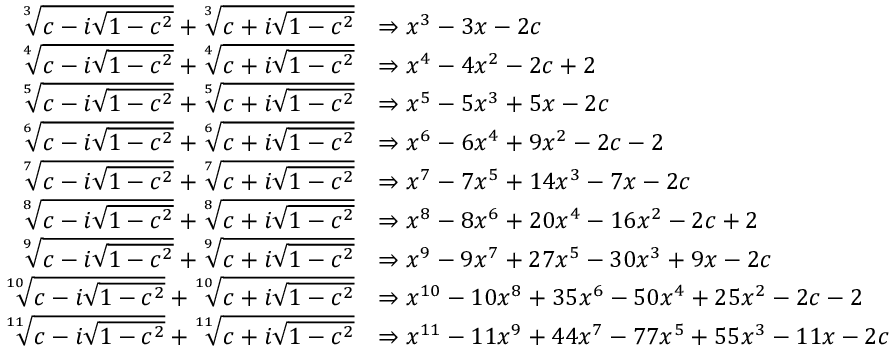
\begin{array} { r l } { \sqrt [ 3 ] { c - i \sqrt { 1 - c ^ { 2 } } } + \sqrt [ 3 ] { c + i \sqrt { 1 - c ^ { 2 } } } } & { \Rightarrow x ^ { 3 } - 3 x - 2 c } \\ { \sqrt [ 4 ] { c - i \sqrt { 1 - c ^ { 2 } } } + \sqrt [ 4 ] { c + i \sqrt { 1 - c ^ { 2 } } } } & { \Rightarrow x ^ { 4 } - 4 x ^ { 2 } - 2 c + 2 } \\ { \sqrt [ 5 ] { c - i \sqrt { 1 - c ^ { 2 } } } + \sqrt [ 5 ] { c + i \sqrt { 1 - c ^ { 2 } } } } & { \Rightarrow x ^ { 5 } - 5 x ^ { 3 } + 5 x - 2 c } \\ { \sqrt [ 6 ] { c - i \sqrt { 1 - c ^ { 2 } } } + \sqrt [ 6 ] { c + i \sqrt { 1 - c ^ { 2 } } } } & { \Rightarrow x ^ { 6 } - 6 x ^ { 4 } + 9 x ^ { 2 } - 2 c - 2 } \\ { \sqrt [ 7 ] { c - i \sqrt { 1 - c ^ { 2 } } } + \sqrt [ 7 ] { c + i \sqrt { 1 - c ^ { 2 } } } } & { \Rightarrow x ^ { 7 } - 7 x ^ { 5 } + 1 4 x ^ { 3 } - 7 x - 2 c } \\ { \sqrt [ 8 ] { c - i \sqrt { 1 - c ^ { 2 } } } + \sqrt [ 8 ] { c + i \sqrt { 1 - c ^ { 2 } } } } & { \Rightarrow x ^ { 8 } - 8 x ^ { 6 } + 2 0 x ^ { 4 } - 1 6 x ^ { 2 } - 2 c + 2 } \\ { \sqrt [ 9 ] { c - i \sqrt { 1 - c ^ { 2 } } } + \sqrt [ 9 ] { c + i \sqrt { 1 - c ^ { 2 } } } } & { \Rightarrow x ^ { 9 } - 9 x ^ { 7 } + 2 7 x ^ { 5 } - 3 0 x ^ { 3 } + 9 x - 2 c } \\ { \sqrt [ 1 0 ] { c - i \sqrt { 1 - c ^ { 2 } } } + \sqrt [ 1 0 ] { c + i \sqrt { 1 - c ^ { 2 } } } } & { \Rightarrow x ^ { 1 0 } - 1 0 x ^ { 8 } + 3 5 x ^ { 6 } - 5 0 x ^ { 4 } + 2 5 x ^ { 2 } - 2 c - 2 } \\ { \sqrt [ 1 1 ] { c - i \sqrt { 1 - c ^ { 2 } } } + \sqrt [ 1 1 ] { c + i \sqrt { 1 - c ^ { 2 } } } } & { \Rightarrow x ^ { 1 1 } - 1 1 x ^ { 9 } + 4 4 x ^ { 7 } - 7 7 x ^ { 5 } + 5 5 x ^ { 3 } - 1 1 x - 2 c } \end{array}